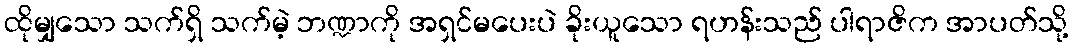
ထိုမျှသော သက်ရှိ သက်မဲ့ ဘဏ္ဍာကို အရှင်မပေးပဲ ခိုးယူသော ရဟန်းသည် ပါရာဇိက အာပတ်သို့